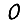
Digit: 0